Specificity of antivenomous sera - Number 5
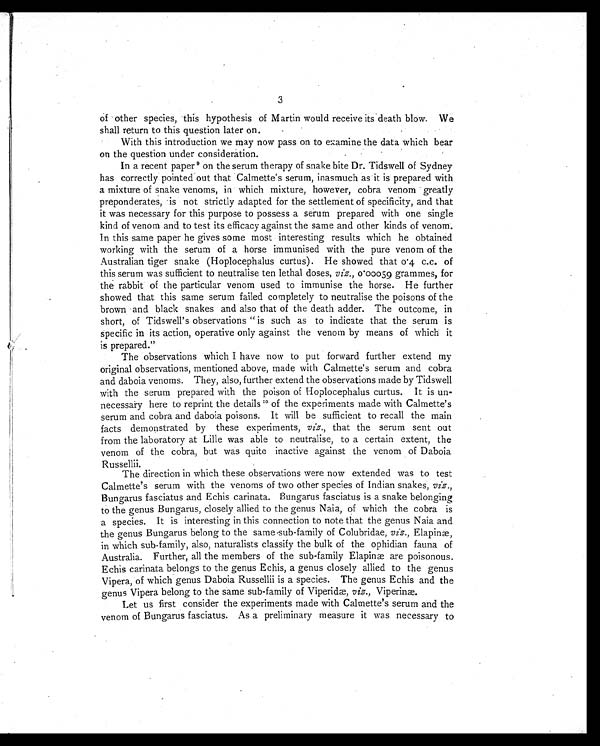
3
of other species, this hypothesis of Martin would receive its death blow. We
shall return to this question later on.
With this introduction we may now pass on to examine the data which bear
on the question under consideration.
In a recent paper9 on the serum therapy of snake bite Dr. Tidswell of Sydney
has correctly pointed out that Calmette's serum, inasmuch as it is prepared with
a mixture of snake venoms, in which mixture, however, cobra venom greatly
preponderates, is not strictly adapted for the settlement of specificity, and that
it was necessary for this purpose to possess a serum prepared with one single
kind of venom and to test its efficacy against the same and other kinds of venom.
In this same paper he gives some most interesting results which he obtained
working with the serum of a horse immunised with the pure venom of the
Australian tiger snake (Hoplocephalus curtus). He showed that 0.4. c.c. of
this serum was sufficient to neutralise ten lethal doses, viz., 0.00059 grammes, for
the rabbit of the particular venom used to immunise the horse. He further
showed that this same serum failed completely to neutralise the poisons of the
brown and black snakes and also that of the death adder. The outcome, in
short, of Tidswell's observations " is such as to indicate that the serum is
specific in its action, operative only against the venom by means of which it
is prepared."
The observations which I have now to put forward further extend my
original observations, mentioned above, made with Calmette's serum and cobra
and daboia venoms. They, also, further extend the observations made by Tidswell
with the serum prepared with the poison of Hoplocephalus curtus. It is un-
necessary here to reprint the details 1 0
o f t h e e x p e r i m e n t s m a d e w i t h C a l m e t t e ' s
serum and cobra and daboia poisons. It will be sufficient to recall the main
facts demonstrated by these experiments, viz., that the serum sent out
from the laboratory at Lille was able to neutralise, to a certain extent, the
venom of the cobra, but was quite inactive against the venom of Daboia
Russellii.
The direction in which these observations were now extended was to test
Calmette' s serum with the venoms of two other species of Indian snakes, viz .,
Bungarus fasciatus and Echis carinata. Bungarus fasciatus is a snake belonging
to the genus Bungarus, closely allied to the genus Naia, of which the cobra is
a species. It is interesting in this connection to note that the genus Naia and
the genus Bungarus belong to the same sub-family of Colubridae, viz., Elapinæ,
in which sub-family, also, naturalists classify the bulk of the ophidian fauna of
Australia. Further, all the members of the sub-family Elapinæ are poisonous.
Echis carinata belongs to the genus Echis, a genus closely allied to the genus
Vipera, of which genus Daboia Russellii is a species. The genus Echis and the
genus Vipera belong to the same sub-family of Viperid, viz., Viperinæ.
Let us first consider the experiments made with Calmette's serum and the
venom of Bungarus fasciatus. As a preliminary measure it was necessary to